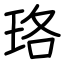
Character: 珞